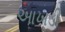
આખડી